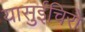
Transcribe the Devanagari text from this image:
यासुईचिरो